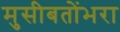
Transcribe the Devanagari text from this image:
मुसीबतोंभरा